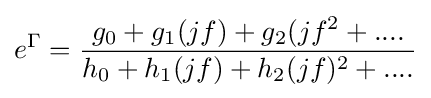
e^{\Gamma }={\frac {g_{0}+g_{1}(jf)+g_{2}(jf^{2}+....}{h_{0}+h_{1}(jf)+h_{2}(jf)^{2}+....}}